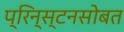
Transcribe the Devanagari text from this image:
प्रिन्स्टनसोबत